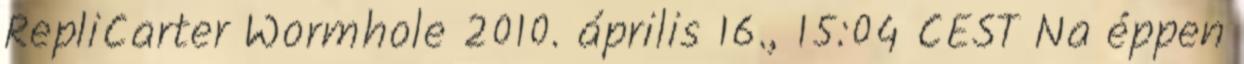
RepliCarter Wormhole 2010. április 16., 15:04 CEST Na éppen